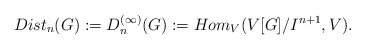
\begin{align*}\;Dist_n(G):=D_n^{(\infty)}(G):=Hom_V(V[G]/I^{n+1},V).\end{align*}